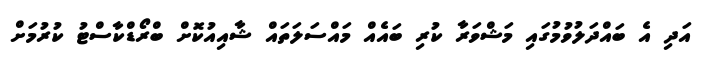
އަދި އެ ބައްދަލުވުމުގައި މަޝްވަރާ ކުރި ބައެއް މައްސަލަތައް ޝާއިއުކޮށް ބްރޯޑްކާސްޓު ކުރުމަށް